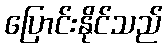
ပြောင်းနိုင်သည်